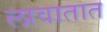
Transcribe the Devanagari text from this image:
लावातात